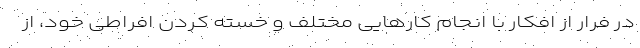
در فرار از افکار با انجام کارهایی مختلف و خسته کردن افراطی خود، از